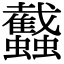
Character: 𧕾